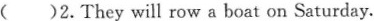
()2.They will row a boat on Saturday.